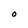
Character: O